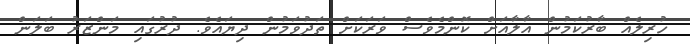
ހުރިލެއް ބާރުކަމުން އާލާއަށް ކޮންމެވެސް ވަރަކަށް ތަދުވަމުން ދިޔައެވެ. ދުރުގައި މަންޒަރު ބަލަން